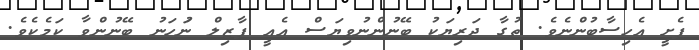
ފެށީ އެހިސާބުންނެވެ. ތުގާ ދަރިޔަކު ބޭނުންނުވިޔަސް އެއީ ފާޒިލް ނުަހަނު ބޭނުންވާ ކަމެކެވެ.